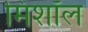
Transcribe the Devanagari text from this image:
मिशॉल